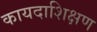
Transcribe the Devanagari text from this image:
कायदाशिक्षण